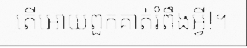
តើអោយពួកគាត់រំពឹងអ្វី!។